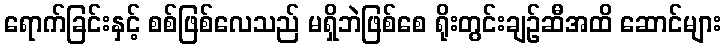
ရောက်ခြင်းနှင့် စစ်ဖြစ်လေသည် မရှိဘဲဖြစ်စေ ရိုးတွင်းချဉ်ဆီအထိ ဆောင်များ